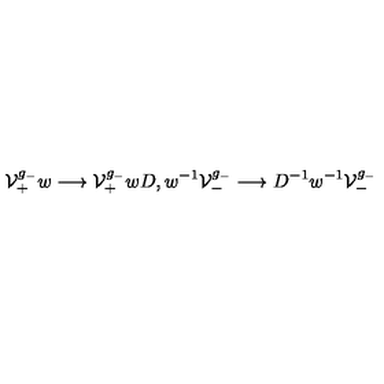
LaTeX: { \cal V } _ { + } ^ { g _ { - } } w \longrightarrow { \cal V } _ { + } ^ { g _ { - } } w D , w ^ { - 1 } { \cal V } _ { - } ^ { g _ { - } } \longrightarrow D ^ { - 1 } w ^ { - 1 } { \cal V } _ { - } ^ { g _ { - } } \,